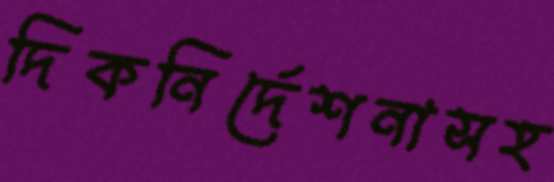
দিকনির্দেশনাসহ